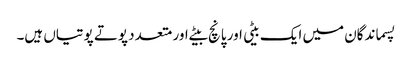
پسماندگان میں ایک بیٹی اور پانچ بیٹے اور متعدد پوتے پوتیاں ہیں۔